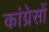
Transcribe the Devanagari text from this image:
कांग्रेसों